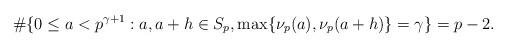
LaTeX: \begin{align*} \#\{0 \le a < p^{\gamma + 1} : a, a + h \in S_p, \max\{\nu_p(a),\nu_p(a + h)\} = \gamma\} = p - 2.\end{align*}